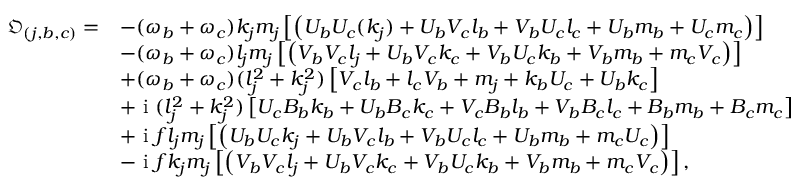
\begin{array} { r l } { \mathfrak { O } _ { ( j , b , c ) } = } & { - { ( \omega _ { b } + \omega _ { c } ) k _ { j } m _ { j } } \left[ \left( U _ { b } { U } _ { c } ( k _ { j } ) + U _ { b } { V } _ { c } l _ { b } + V _ { b } { U } _ { c } l _ { c } + U _ { b } m _ { b } + { U } _ { c } m _ { c } \right) \right] } \\ & { - { ( \omega _ { b } + \omega _ { c } ) l _ { j } m _ { j } } \left[ \left( V _ { b } { V } _ { c } l _ { j } + U _ { b } { V } _ { c } k _ { c } + V _ { b } { U } _ { c } k _ { b } + V _ { b } m _ { b } + m _ { c } { V } _ { c } \right) \right] } \\ & { + { ( \omega _ { b } + \omega _ { c } ) ( l _ { j } ^ { 2 } + k _ { j } ^ { 2 } ) } \left[ { V } _ { c } l _ { b } + l _ { c } V _ { b } + m _ { j } + k _ { b } { U } _ { c } + U _ { b } k _ { c } \right] } \\ & { + \textnormal { i } { ( l _ { j } ^ { 2 } + k _ { j } ^ { 2 } ) } \left[ { U } _ { c } B _ { b } k _ { b } + U _ { b } { B } _ { c } k _ { c } + { V } _ { c } B _ { b } l _ { b } + V _ { b } { B } _ { c } l _ { c } + B _ { b } m _ { b } + { B } _ { c } m _ { c } \right] } \\ & { + \textnormal { i } { f l _ { j } m _ { j } } \left[ \left( U _ { b } { U } _ { c } k _ { j } + U _ { b } { V } _ { c } l _ { b } + V _ { b } { U } _ { c } l _ { c } + U _ { b } m _ { b } + m _ { c } { U } _ { c } \right) \right] } \\ & { - \textnormal { i } { f k _ { j } m _ { j } } \left[ \left( V _ { b } { V } _ { c } l _ { j } + U _ { b } { V } _ { c } k _ { c } + V _ { b } { U } _ { c } k _ { b } + V _ { b } m _ { b } + m _ { c } { V } _ { c } \right) \right] , } \end{array}